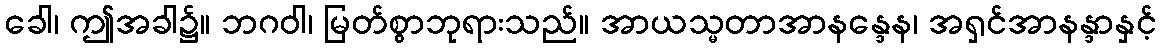
ခေါ၊ ဤအခါ၌။ ဘဂဝါ၊ မြတ်စွာဘုရားသည်။ အာယသ္မတာအာနန္ဒေန၊ အရှင်အာနန္ဒာနှင့်